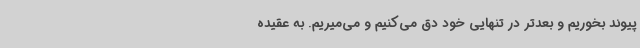
پیوند بخوریم و بعدتر در تنهایی خود دق می‌کنیم و می‌میریم. به عقیده